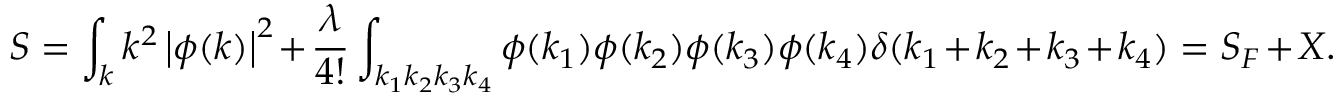
S = \int _ { k } k ^ { 2 } \left| \phi ( k ) \right| ^ { 2 } + { \frac { \lambda } { 4 ! } } \int _ { k _ { 1 } k _ { 2 } k _ { 3 } k _ { 4 } } \phi ( k _ { 1 } ) \phi ( k _ { 2 } ) \phi ( k _ { 3 } ) \phi ( k _ { 4 } ) \delta ( k _ { 1 } + k _ { 2 } + k _ { 3 } + k _ { 4 } ) = S _ { F } + X .